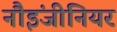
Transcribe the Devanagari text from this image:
नौइंजीनियर